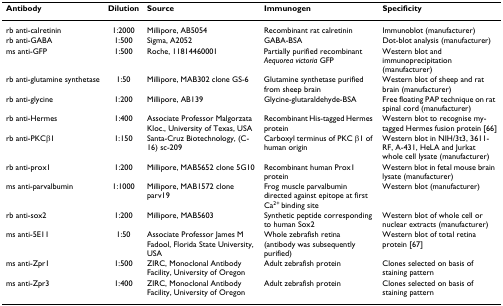
<table><thead><tr><td><b>Antibody</b></td><td><b>Dilution</b></td><td><b>Source</b></td><td><b>Immunogen</b></td><td><b>Specificity</b></td></tr></thead><tbody><tr><td>rb anti-calretinin</td><td>1:2000</td><td>Millipore, AB5054</td><td>Recombinant rat calretinin</td><td>Immunoblot (manufacturer)</td></tr><tr><td>rb anti-GABA</td><td>1:500</td><td>Sigma, A2052</td><td>GABA-BSA</td><td>Dot-blot analysis (manufacturer)</td></tr><tr><td>ms anti-GFP</td><td>1:500</td><td>Roche, 11814460001</td><td>Partially purified recombinant <i>Aequorea victoria </i>GFP</td><td>Western blot and immunoprecipitation (manufacturer)</td></tr><tr><td>rb anti-glutamine synthetase</td><td>1:50</td><td>Millipore, MAB302 clone GS-6</td><td>Glutamine synthetase purified from sheep brain</td><td>Western blot of sheep and rat brain (manufacturer)</td></tr><tr><td>rb anti-glycine</td><td>1:200</td><td>Millipore, AB139</td><td>Glycine-glutaraldehyde-BSA</td><td>Free floating PAP technique on rat spinal cord (manufacturer)</td></tr><tr><td>rb anti-Hermes</td><td>1:400</td><td>Associate Professor Malgorzata Kloc., University of Texas, USA</td><td>Recombinant His-tagged Hermes protein</td><td>Western blot to recognise my-tagged Hermes fusion protein [66]</td></tr><tr><td>rb anti-PKCβ1</td><td>1:150</td><td>Santa-Cruz Biotechnology, (C-16) sc-209</td><td>Carboxyl terminus of PKC β1 of human origin</td><td>Western blot in NIH/3t3, 3611-RF, A-431, HeLA and Jurkat whole cell lysate (manufacturer)</td></tr><tr><td>rb anti-prox1</td><td>1:200</td><td>Millipore, MAB5652 clone 5G10</td><td>Recombinant human Prox1 protein</td><td>Western blot in fetal mouse brain lysate (manufacturer)</td></tr><tr><td>ms anti-parvalbumin</td><td>1:1000</td><td>Millipore, MAB1572 clone parv19</td><td>Frog muscle parvalbumin directed against epitope at first Ca<sup>2+ </sup>binding site</td><td>Western blot (manufacturer)</td></tr><tr><td>rb anti-sox2</td><td>1:200</td><td>Millipore, MAB5603</td><td>Synthetic peptide corresponding to human Sox2</td><td>Western blot of whole cell or nuclear extracts (manufacturer)</td></tr><tr><td>ms anti-5E11</td><td>1:50</td><td>Associate Professor James M Fadool, Florida State University, USA</td><td>Whole zebrafish retina (antibody was subsequently purified)</td><td>Western blot of total retina protein [67]</td></tr><tr><td>ms anti-Zpr1</td><td>1:500</td><td>ZIRC, Monoclonal Antibody Facility, University of Oregon</td><td>Adult zebrafish protein</td><td>Clones selected on basis of staining pattern</td></tr><tr><td>ms anti-Zpr3</td><td>1:400</td><td>ZIRC, Monoclonal Antibody Facility, University of Oregon</td><td>Adult zebrafish protein</td><td>Clones selected on basis of staining pattern</td></tr></tbody></table>